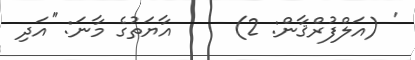
' (އަލްފުރްޤާން: 2)     އާޔަތުގެ މާނަ: ''އަދި